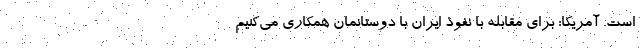
است. آمریکا: برای مقابله با نفوذ ایران با دوستانمان همکاری می‌کنیم